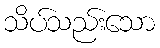
သိပ်သည်းသော